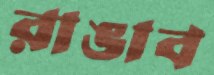
রাঙাব